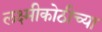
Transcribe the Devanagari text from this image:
लक्ष्मीकोठीच्या